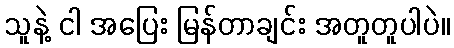
သူနဲ့ ငါ အပြေး မြန်တာချင်း အတူတူပါပဲ။